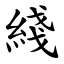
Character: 綫